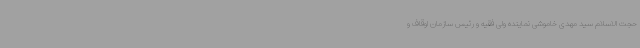
حجت الاسلام سید مهدی خاموشی نماینده ولی فقیه و رئیس سازمان اوقاف و